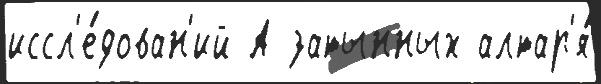
иссл'е́дован'ий А затынных алтар'я́